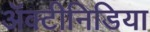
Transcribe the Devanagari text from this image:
अॅक्टीनिडिया